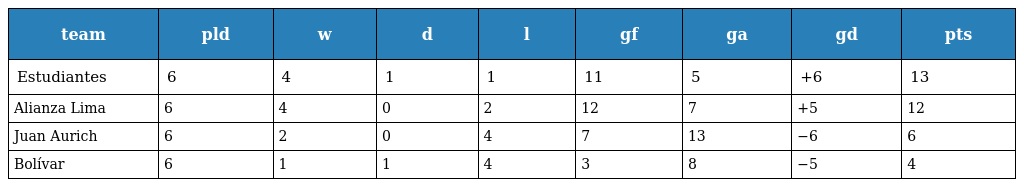
| team | pld | w | d | l | gf | ga | gd | pts |
 | --- | --- | --- | --- | --- | --- | --- | --- | --- |
 | Estudiantes | 6 | 4 | 1 | 1 | 11 | 5 | +6 | 13 |
 | Alianza Lima | 6 | 4 | 0 | 2 | 12 | 7 | +5 | 12 |
 | Juan Aurich | 6 | 2 | 0 | 4 | 7 | 13 | −6 | 6 |
 | Bolívar | 6 | 1 | 1 | 4 | 3 | 8 | −5 | 4 |